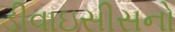
ડીવાઇસીસનો